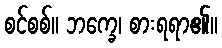
စင်စစ်။ ဘက္ခေ၊ စားရရာ၏။